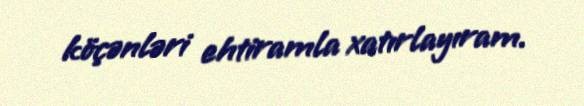
köçənləri ehtiramla xatırlayıram.